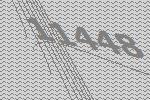
11448